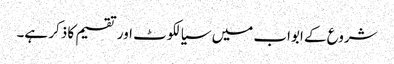
شروع کے ابواب میں سیالکوٹ اور تقسیم کا ذکر ہے۔